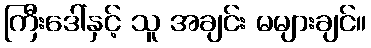
ကြီးဒေါ်နှင့် သူ အချင်း မများချင်။